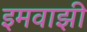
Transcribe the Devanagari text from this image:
इमवाझी